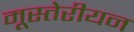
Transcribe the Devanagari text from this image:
मूस्तेरीयन